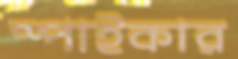
স্পাইকার